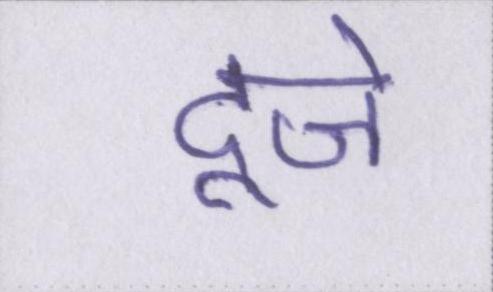
दूजे